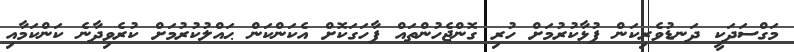
މަގްސަދަކީ ދަނޑުވެރިކަން ފުޅާކުރުމަށް ހުރި ގޮންޖެހުންތައް ފާހަގަކޮށް އެކަންކަން ޙައްލުކުރުމަށް ކުރެވިދާނެ ކަންކަމާއި